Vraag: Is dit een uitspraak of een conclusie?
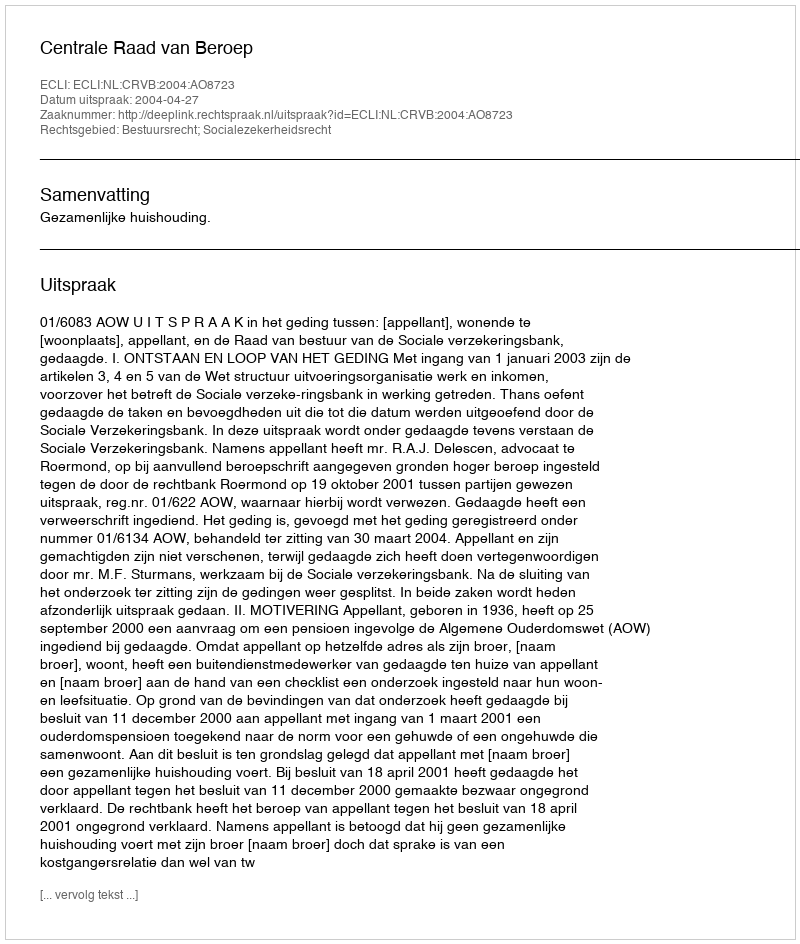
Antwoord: Uitspraak